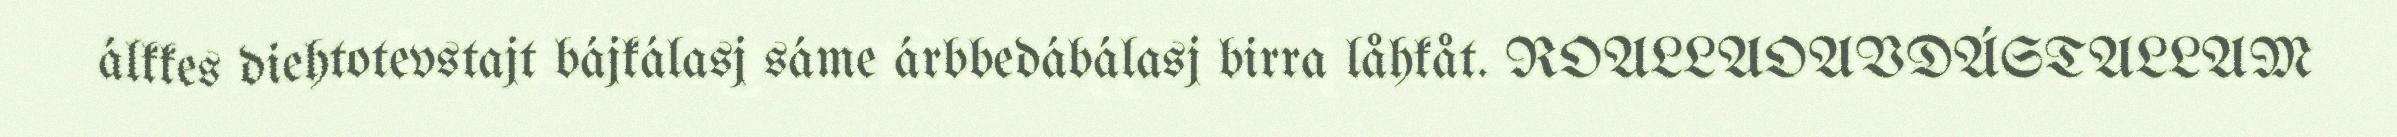
álkkes diehtotevstajt bájkálasj sáme árbbedábálasj birra låhkåt. ROALLAOAVDÁSTALLAM